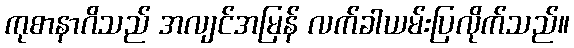
ကုစာနာဂိသည် အလျင်အမြန် လက်ခါယမ်းပြလိုက်သည်။